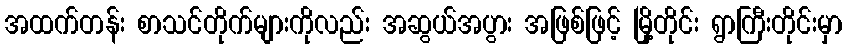
အထက်တန်း စာသင်တိုက်များကိုလည်း အဆွယ်အပွား အဖြစ်ဖြင့် မြို့တိုင်း ရွာကြီးတိုင်းမှာ